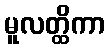
မူလတ္ထိကာ